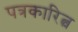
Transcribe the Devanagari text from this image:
पत्रकारित्व